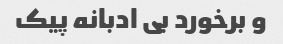
و برخورد بی ادبانه پیک